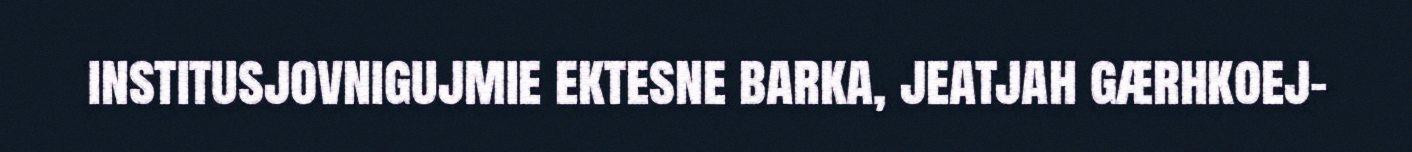
institusjovnigujmie ektesne barka, jeatjah gærhkoej-